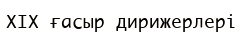
XIX ғасыр дирижерлері